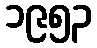
၁၉၅၃